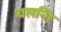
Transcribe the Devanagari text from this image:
चलन्ति